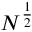
N ^ { \frac { 1 } { 2 } }